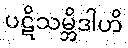
ပဋိသမ္ဘိဒါဟိ